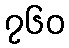
၇၆၀